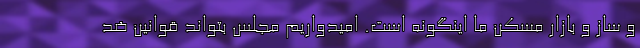
و ساز و بازار مسکن ما اینگونه است. امیدواریم مجلس بتواند قوانین ضد